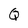
Character: Q